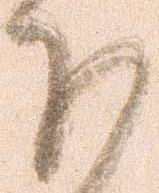
ほ